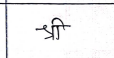
मजकूर: श्री